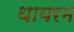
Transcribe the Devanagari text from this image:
थायरम